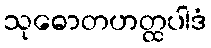
သုဓောတဟတ္ထပါဒံ